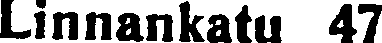
Linnankatu 47